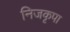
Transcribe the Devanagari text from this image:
निजकृपा